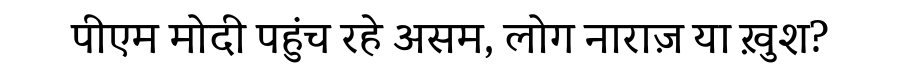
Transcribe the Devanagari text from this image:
पीएम मोदी पहुंच रहे असम, लोग नाराज़ या ख़ुश?